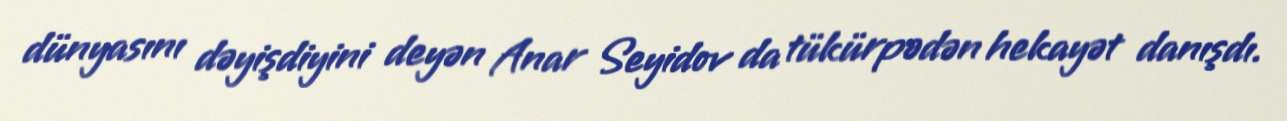
dünyasını dəyişdiyini deyən Anar Seyidov da tükürpədən hekayət danışdı.